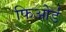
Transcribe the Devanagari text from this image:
फिओर्ड